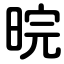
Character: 晥